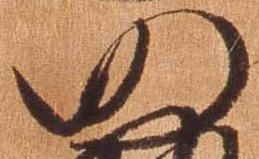
仍